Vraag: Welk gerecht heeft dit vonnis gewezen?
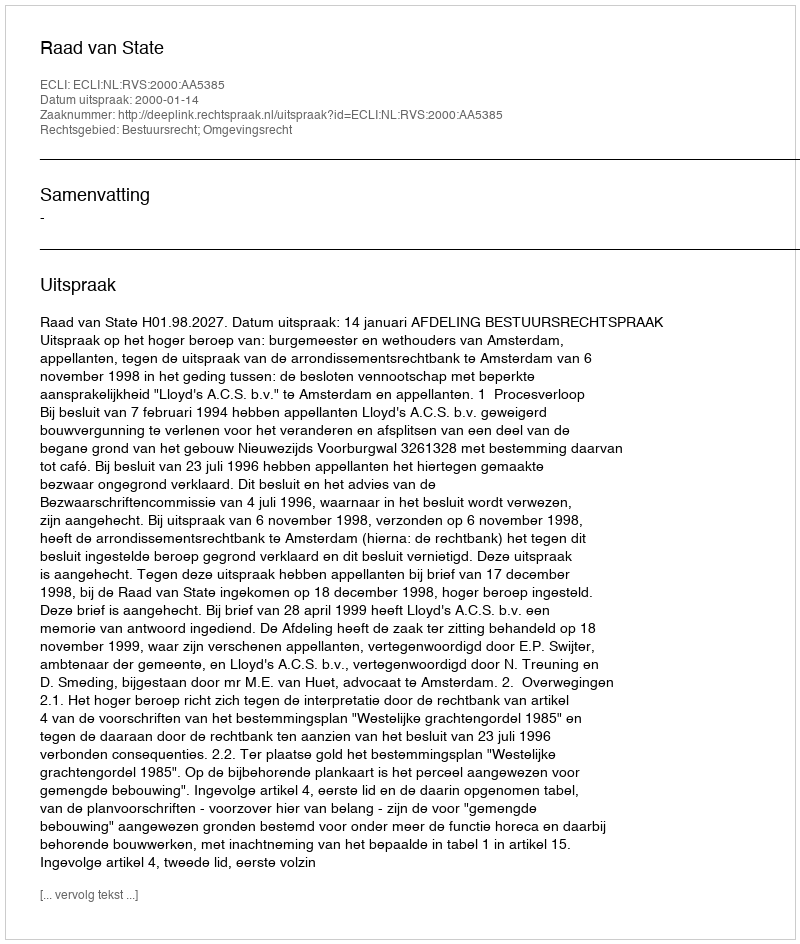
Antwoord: Raad van State